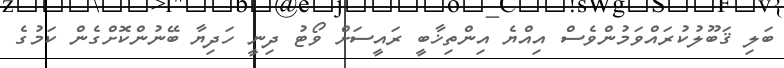
ބަލި ޤަބޫލުކުރައްވަމުންވެސް އިއްޔެ އިންތިޚާބީ ރައީސަށް ވޯޓު ދިނީ ހަދިޔާ ބޭނުންކޮށްގެން ކަމުގެ